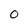
Character: O